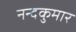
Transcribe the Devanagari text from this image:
नन्दकुमार